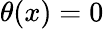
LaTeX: \theta(x)=0